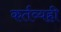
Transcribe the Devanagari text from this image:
कर्तव्यही